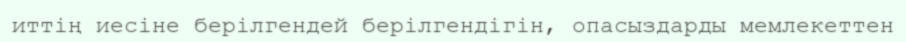
иттің иесіне берілгендей берілгендігін, опасыздарды мемлекеттен